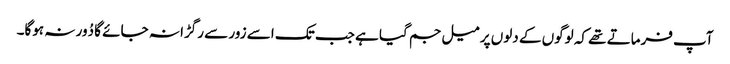
آپ فرماتے تھے کہ لوگوں کے دلوں پر میل جم گیا ہے جب تک اسے زور سے رگڑا نہ جائے گا دُور نہ ہوگا۔